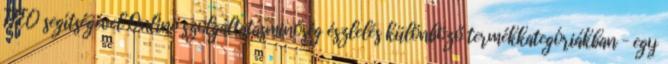
TFEQ segítségével Online szolgáltatásminőség észlelés különböző termékkategóriákban – egy